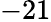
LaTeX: -21